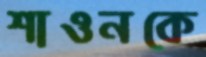
শাওনকে